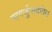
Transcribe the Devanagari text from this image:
नागर्जुनावरील